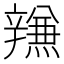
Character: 𰺫